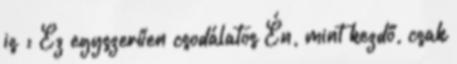
is : Ez egyszerűen csodálatos Én, mint kezdő, csak